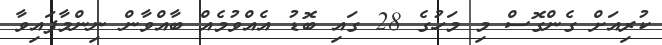
ކުރިއަށް ގެންގޮސް މި މަހުގެ 28 ގައި ބޮޑު އެއްވުމެއް ބާއްވާން ނިންމާފައިވާ